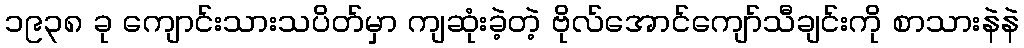
၁၉၃၈ ခု ကျောင်းသားသပိတ်မှာ ကျဆုံးခဲ့တဲ့ ဗိုလ်အောင်ကျော်သီချင်းကို စာသားနဲနဲ